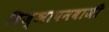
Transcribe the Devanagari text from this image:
विज्ञापनबाजी